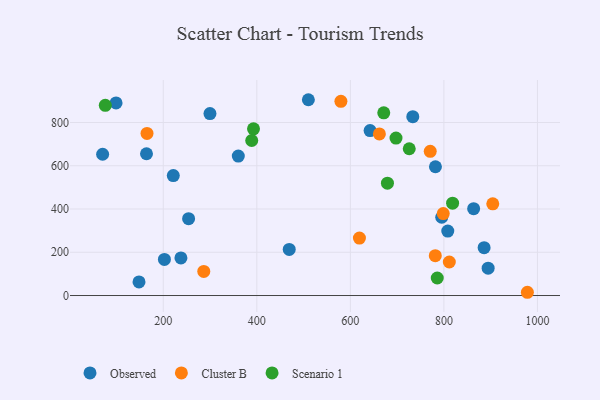
{"axis": {"x": "Engine Size", "y": "Fuel Efficiency"}, "legend": ["Cluster B", "Observed", "Scenario 1"], "data": [{"x": "781.9", "y": 595.4, "type": "Observed"}, {"x": "164.1", "y": 655.6, "type": "Observed"}, {"x": "808.3", "y": 298.0, "type": "Observed"}, {"x": "469.3", "y": 213.1, "type": "Observed"}, {"x": "254.1", "y": 355.1, "type": "Observed"}, {"x": "70.3", "y": 653.2, "type": "Observed"}, {"x": "299.8", "y": 841.3, "type": "Observed"}, {"x": "202.4", "y": 166.8, "type": "Observed"}, {"x": "795.4", "y": 361.9, "type": "Observed"}, {"x": "221.4", "y": 554.4, "type": "Observed"}, {"x": "894.6", "y": 126.3, "type": "Observed"}, {"x": "733.5", "y": 826.8, "type": "Observed"}, {"x": "642.2", "y": 762.7, "type": "Observed"}, {"x": "237.7", "y": 173.7, "type": "Observed"}, {"x": "360.4", "y": 644.7, "type": "Observed"}, {"x": "99.0", "y": 890.3, "type": "Observed"}, {"x": "148.1", "y": 62.8, "type": "Observed"}, {"x": "863.6", "y": 401.4, "type": "Observed"}, {"x": "886.0", "y": 221.1, "type": "Observed"}, {"x": "510.2", "y": 905.3, "type": "Observed"}, {"x": "978.5", "y": 15.0, "type": "Cluster B"}, {"x": "811.6", "y": 154.9, "type": "Cluster B"}, {"x": "798.6", "y": 378.9, "type": "Cluster B"}, {"x": "662.1", "y": 747.1, "type": "Cluster B"}, {"x": "165.2", "y": 749.7, "type": "Cluster B"}, {"x": "781.6", "y": 184.4, "type": "Cluster B"}, {"x": "904.5", "y": 424.0, "type": "Cluster B"}, {"x": "286.6", "y": 111.6, "type": "Cluster B"}, {"x": "770.8", "y": 666.9, "type": "Cluster B"}, {"x": "619.4", "y": 265.8, "type": "Cluster B"}, {"x": "579.8", "y": 898.0, "type": "Cluster B"}, {"x": "697.6", "y": 728.0, "type": "Scenario 1"}, {"x": "818.6", "y": 427.0, "type": "Scenario 1"}, {"x": "671.4", "y": 844.5, "type": "Scenario 1"}, {"x": "725.9", "y": 678.6, "type": "Scenario 1"}, {"x": "679.3", "y": 519.5, "type": "Scenario 1"}, {"x": "392.9", "y": 770.9, "type": "Scenario 1"}, {"x": "785.8", "y": 81.0, "type": "Scenario 1"}, {"x": "389.1", "y": 716.7, "type": "Scenario 1"}, {"x": "76.0", "y": 879.5, "type": "Scenario 1"}]}